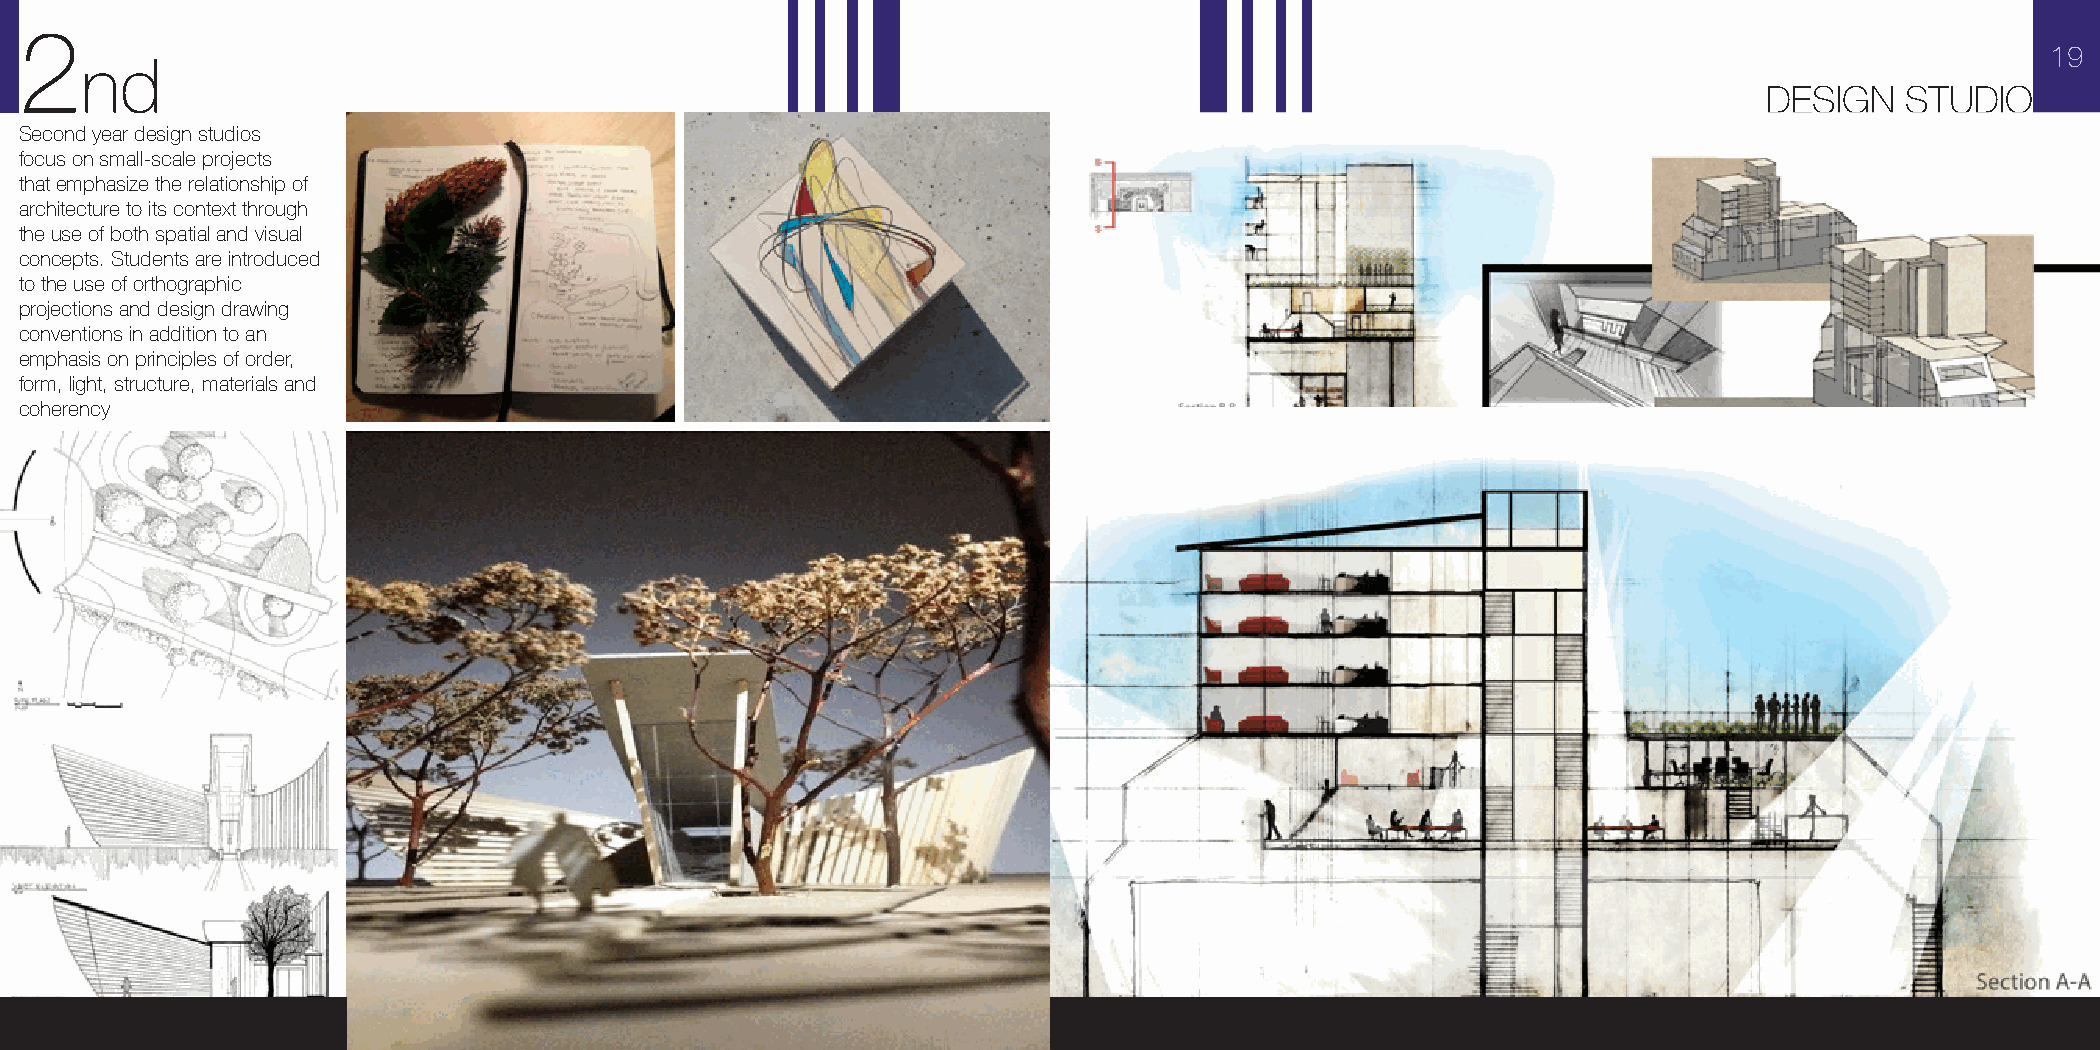
2
 19
 nd
 DESIGN   STUDIO
 Second year design studios
 focus on small-scale projects
 that emphasize the relationship of
 architecture to its context through
 the use of both spatial and visual
 concepts. Students are introduced
 to the use of orthographic
 projections and design drawing
 conventions in addition to an
 emphasis on principles of order,
 form, light, structure, materials and
 coherency